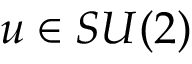
u \in S U ( 2 )